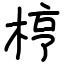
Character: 梈